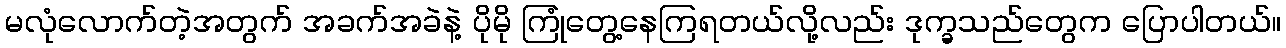
မလုံလောက်တဲ့အတွက် အခက်အခဲနဲ့ ပိုမို ကြုံတွေ့နေကြရတယ်လို့လည်း ဒုက္ခသည်တွေက ပြောပါတယ်။